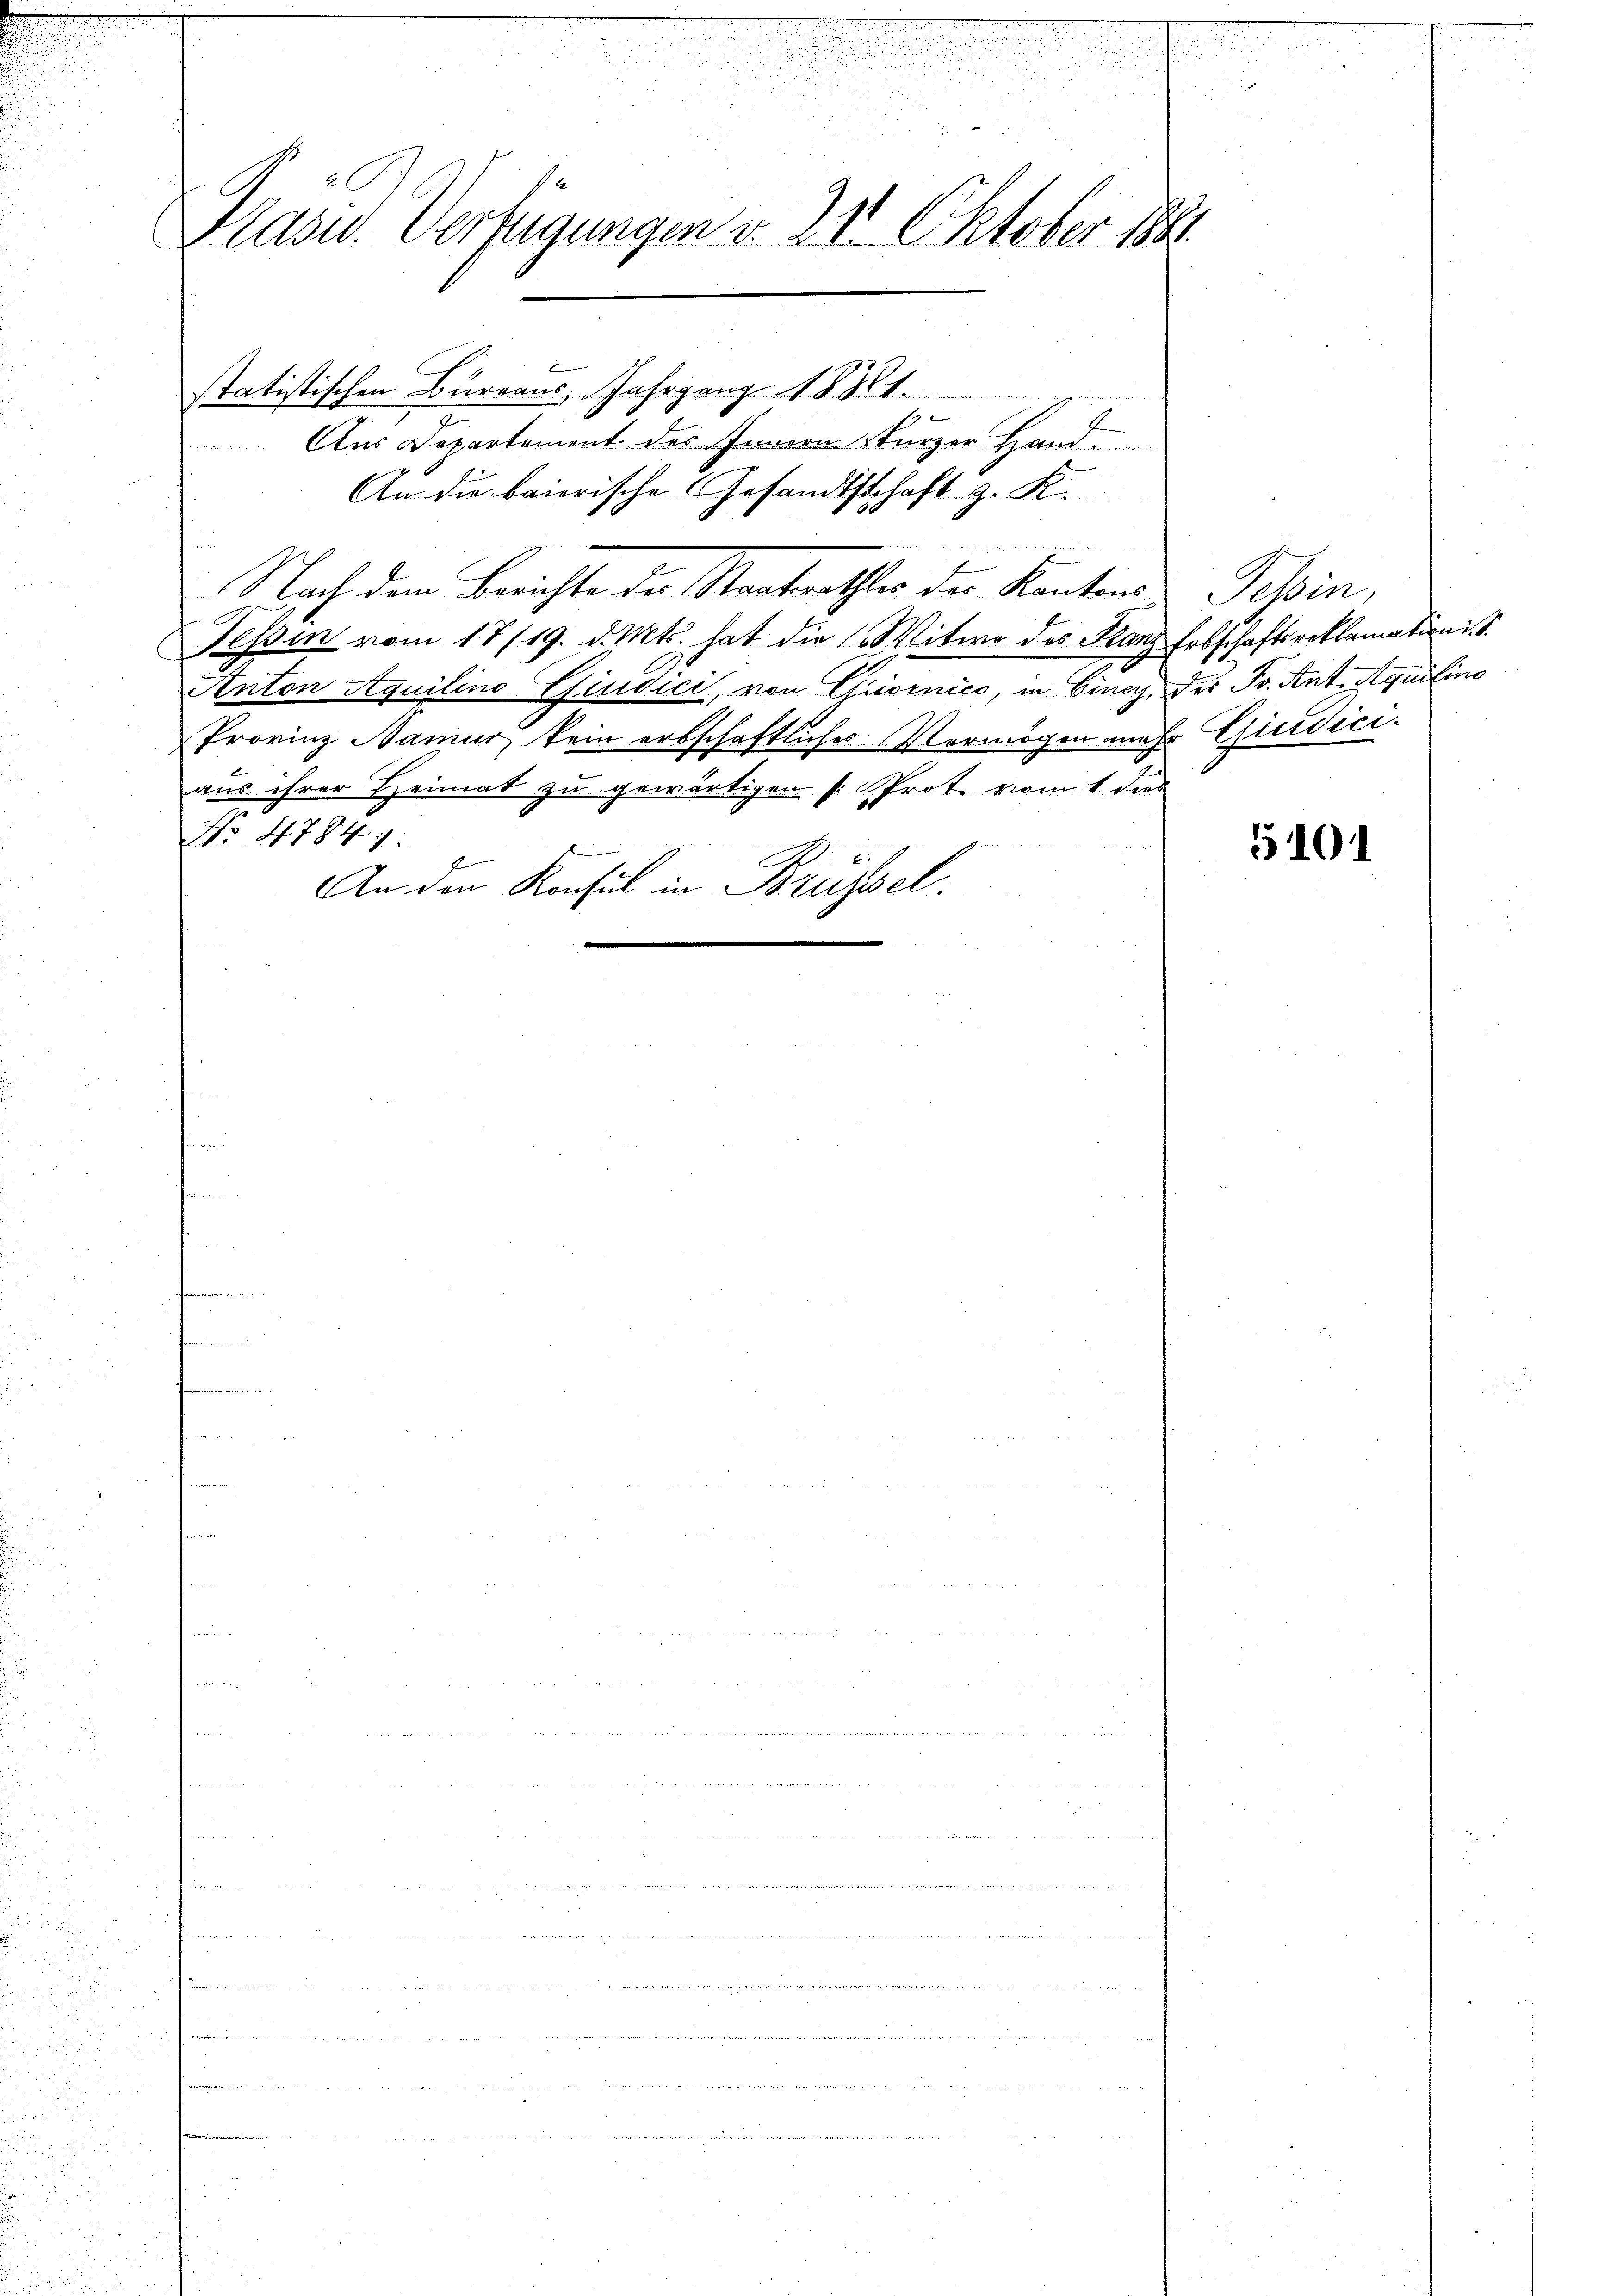
Kasc. Verfügungen d. 211. Oktober 1881.

statistischen Burraus, Jahrgang 18821.

Aus Departement des Innern Sturzer Hand.
An die baierische Gesandtschaft z. K.
Nach dem Berichte der Staatsrathes der Kantons Tessin,
FTessin vom 17/19. d. Mts. hat die Witwe des Franz Erbschaftsreklamation : S.
Anton Aquilino Giudici, von Quiornico, in Cincy, des Fr. Ant. Aquilino
Provinz Namur, kein erbschaftliches Vermögen mehr Gierdiciaus ihrer Heimat zu gewärtigen (Prote vom 1. dies
No 47841.
An den Konsul in Brüssel.

5101